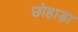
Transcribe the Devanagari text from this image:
छोहाड़ा